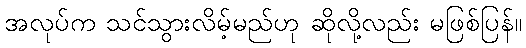
အလုပ်က သင်သွားလိမ့်မည်ဟု ဆိုလို့လည်း မဖြစ်ပြန်။